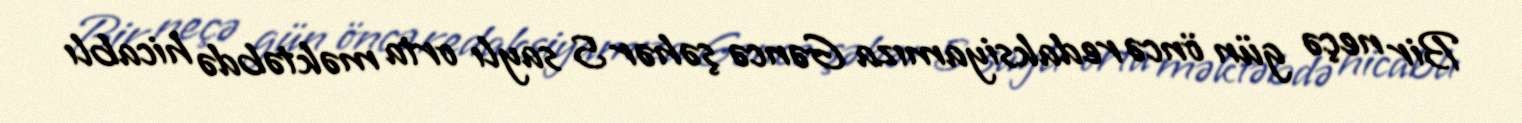
Bir neçə gün öncə redaksiyamıza Gəncə şəhər 5 saylı orta məktəbdə hicablı